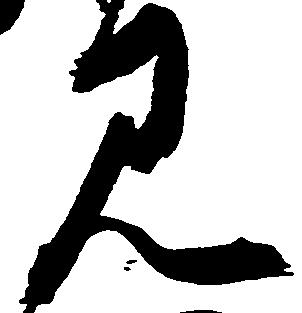
見